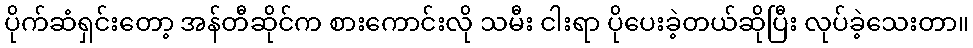
ပိုက်ဆံရှင်းတော့ အန်တီဆိုင်က စားကောင်းလို သမီး ငါးရာ ပိုပေးခဲ့တယ်ဆိုပြီး လုပ်ခဲ့သေးတာ။